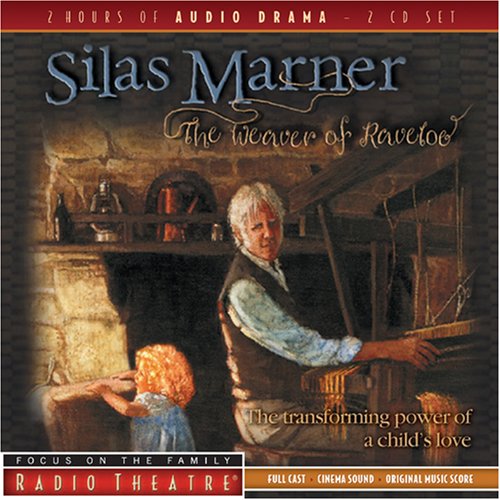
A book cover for Silas Marner (Radio Theatre); Christian Books & Bibles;